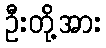
ဦးတို့အား